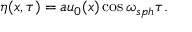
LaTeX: \eta ( x , \tau ) = a u _ { 0 } ( x ) \cos \omega _ { s p h } \tau .